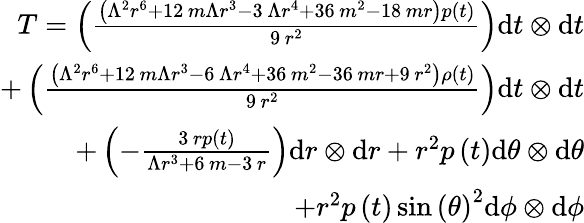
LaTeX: \begin{array}{r}{T=\left(\frac{{\left(\Lambda^{2}r^{6}+12\, m\Lambda r^{3}-3\, \Lambda r^{4}+36\, m^{2}-18\, mr\right)}p\left(t\right)}{9\, r^{2}}\right)\mathrm{d}t\otimes\mathrm{d}t}\\ {+\left(\frac{{\left(\Lambda^{2}r^{6}+12\, m\Lambda r^{3}-6\, \Lambda r^{4}+36\, m^{2}-36\, mr+9\, r^{2}\right)\rho(t)}}{9\, r^{2}}\right)\mathrm{d}t\otimes\mathrm{d}t}\\ {+\left(-\frac{3\, rp\left(t\right)}{\Lambda r^{3}+6\, m-3\, r}\right)\mathrm{d}r\otimes\mathrm{d}r+r^{2}p\left(t\right)\mathrm{d}{\theta}\otimes\mathrm{d}{\theta}}\\ {+r^{2}p\left(t\right)\sin\left({\theta}\right)^{2}\mathrm{d}{\phi}\otimes\mathrm{d}{\phi}}\end{array}